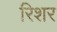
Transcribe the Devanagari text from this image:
रिशर